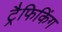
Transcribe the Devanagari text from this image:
ट्रैफिकिंग